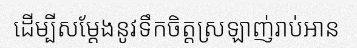
ដើម្បីសម្តែងនូវទឹកចិត្តស្រឡាញ់រាប់អាន